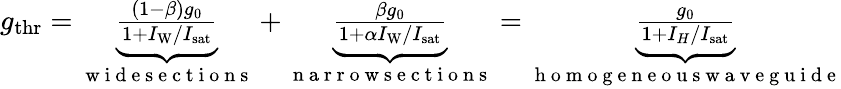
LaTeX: \begin{array}{r}{g_{\mathrm{thr}}=\underbrace{\frac{(1-\beta)g_{0}}{1+I_{\mathrm{W}}/{I_{\mathrm{sat}}}}}_{\mathrm{~w~i~d~e~s~e~c~t~i~o~n~s~}}+\underbrace{\frac{\beta g_{0}}{1+\alpha I_{\mathrm{W}}/{I_{\mathrm{sat}}}}}_{\mathrm{~n~a~r~r~o~w~s~e~c~t~i~o~n~s~}}=\underbrace{\frac{g_{0}}{1+I_{H}/{I_{\mathrm{sat}}}}}_{\mathrm{~h~o~m~o~g~e~n~e~o~u~s~w~a~v~e~g~u~i~d~e~}}}\end{array}